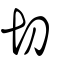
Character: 切